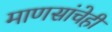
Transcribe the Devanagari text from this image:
माणसांचेही